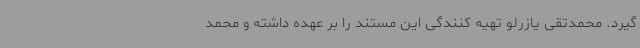
گیرد. محمدتقی یازرلو تهیه کنندگی این مستند را بر عهده داشته و محمد